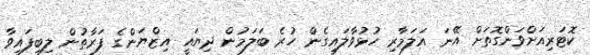
ކޮޓަރިއަށްވަންގޮތަށް އޭނަ އަލަމާރި ހުޅުވާލައިގެން ހުރެ ބަލަމުން ދިޔައީ އިޒްޔަންގެ ފަރާތުން ލިބިފައިވާ